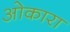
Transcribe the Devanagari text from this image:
ओकारा